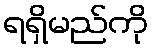
ရရှိမည်ကို